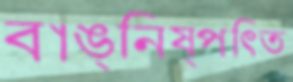
বাঙ্‌নিষ্পত্তি